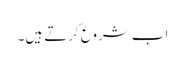
اب شروع کرتے ہیں۔